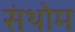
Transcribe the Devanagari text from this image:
संथोम